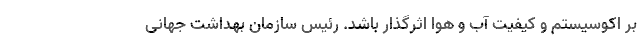
بر اکوسیستم و کیفیت آب و هوا اثرگذار باشد. رئیس سازمان بهداشت جهانی